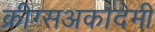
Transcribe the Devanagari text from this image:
क्रीग्सअकादेमी